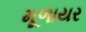
મૂળાયર